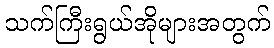
သက်ကြီးရွယ်အိုများအတွက်